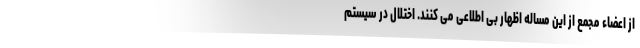
از اعضاء مجمع از این مساله اظهار بی اطلاعی می کنند. اختلال در سیستم